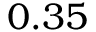
0 . 3 5